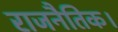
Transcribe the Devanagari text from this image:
राजनैतिक।